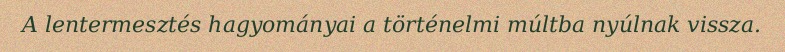
A lentermesztés hagyományai a történelmi múltba nyúlnak vissza.